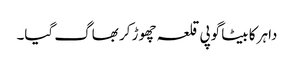
داہر کا بیٹا گوپی قلعہ چھوڑ کر بھاگ گیا۔